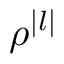
\rho ^ { | l | }